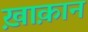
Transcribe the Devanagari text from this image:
ख़ाक़ान